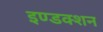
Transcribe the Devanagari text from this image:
इण्डक्शन